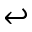
\hookleftarrow